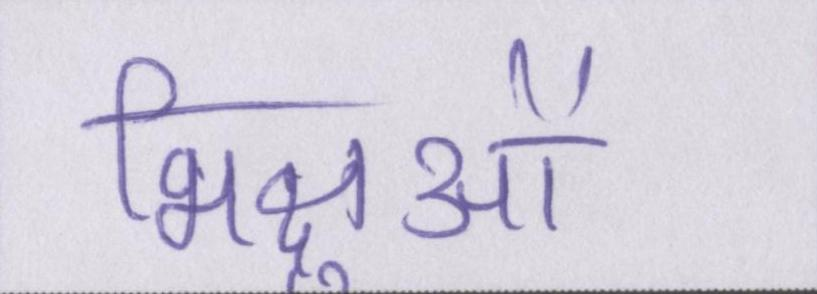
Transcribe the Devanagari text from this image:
भिक्षुओं